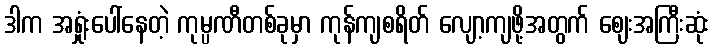
ဒါက အရှုံးပေါ်နေတဲ့ ကုမ္ပဏီတစ်ခုမှာ ကုန်ကျစရိတ် လျော့ကျဖို့အတွက် ဈေးအကြီးဆုံး